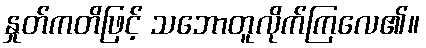
နှုတ်ကတိဖြင့် သဘောတူလိုက်ကြလေ၏။